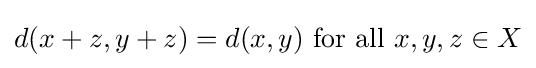
d(x+z,y+z)=d(x,y){\text{ for all }}x,y,z\in X